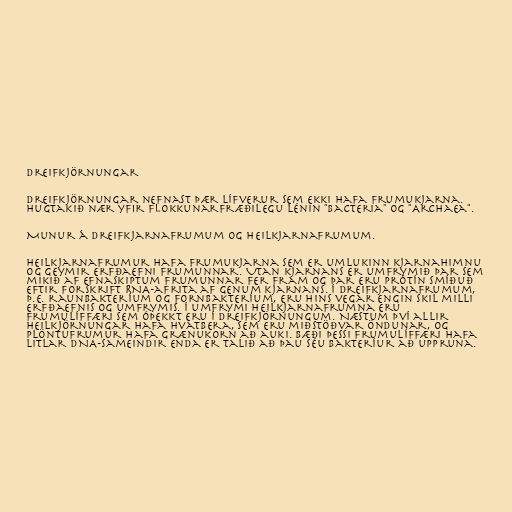
Dreifkjörnungar

Dreifkjörnungar nefnast þær lífverur sem ekki hafa frumukjarna.
Hugtakið nær yfir flokkunarfræðilegu lénin "Bacteria" og "Archaea".

Munur á dreifkjarnafrumum og heilkjarnafrumum.

Heilkjarnafrumur hafa frumukjarna sem er umlukinn kjarnahimnu
og geymir erfðaefni frumunnar. Utan kjarnans er umfrymið þar sem
mikið af efnaskiptum frumunnar fer fram og þar eru prótín smíðuð
eftir forskrift RNA-afrita af genum kjarnans. Í dreifkjarnafrumum,
þ.e. raunbakteríum og fornbakteríum, eru hins vegar engin skil milli
erfðaefnis og umfrymis. Í umfrymi heilkjarnafrumna eru
frumulíffæri sem óþekkt eru í dreifkjörnungum. Næstum því allir
heilkjörnungar hafa hvatbera, sem eru miðstöðvar öndunar, og
plöntufrumur hafa grænukorn að auki. Bæði þessi frumulíffæri hafa
litlar DNA-sameindir enda er talið að þau séu bakteríur að uppruna.